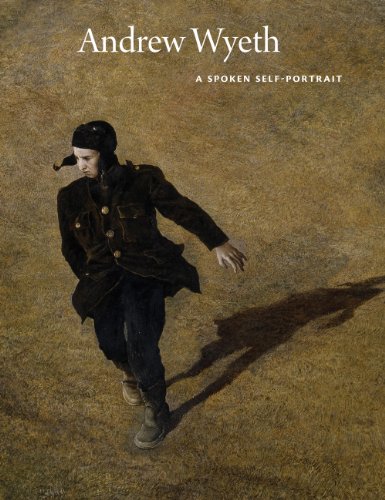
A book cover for Andrew Wyeth: A Spoken Self-Portrait: Selected and Arranged by Richard Meryman from Recorded Conversations with the Artist, 1964-2007; Andrew Wyeth; Arts & Photography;